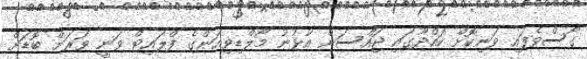
ގޯސްވެފައި ވަނިކޮށް ކައްދޫގައި ޖައްސަން އުޅުނު މޯލްޑިވިއަންގެ ފްލައިޓް ވަނީ ވަރަށް ބޮޑަށް